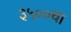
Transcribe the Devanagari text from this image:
३५००चा